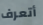
أتعرف